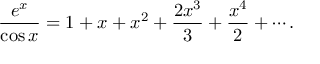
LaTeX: { \frac { e ^ { x } } { \cos x } } = 1 + x + x ^ { 2 } + { \frac { 2 x ^ { 3 } } { 3 } } + { \frac { x ^ { 4 } } { 2 } } + \cdots .